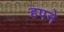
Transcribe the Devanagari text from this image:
हपने